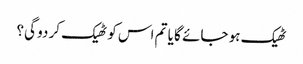
ٹھیک ہو جائے گا یا تم اس کو ٹھیک کر دو گی؟